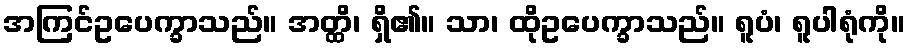
အကြင်ဥပေက္ခာသည်။ အတ္ထိ၊ ရှိ၏။ သာ၊ ထိုဥပေက္ခာသည်။ ရူပံ၊ ရူပါရုံကို။